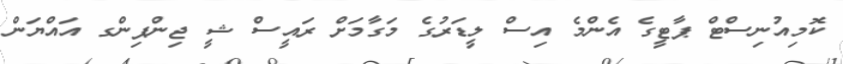
ކޮމިއުނިސްޓް ޕާޓީގެ އެންމެ އިސް ލީޑަރުގެ މަގާމަށް ރައީސް ޝީ ޖިންޕިންގ އައްޔަން